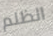
الظلم